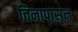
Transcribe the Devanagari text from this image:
तिनापासून